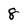
Character: 8